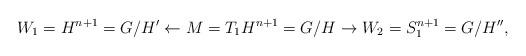
LaTeX: \begin{gather*}W_1=H^{n+1} = G/H' \leftarrow M=T_1H^{n+1} = G/H\rightarrow W_2=S_1^{n+1} = G/H'',\end{gather*}